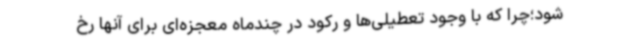
شود؛چرا که با وجود تعطیلی‌ها و رکود در چندماه معجزه‌ای برای آنها رخ